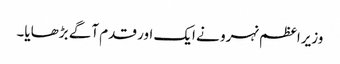
وزیراعظم نہرو نے ایک اور قدم آگے بڑھایا۔